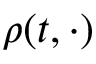
\rho ( t , \cdot )